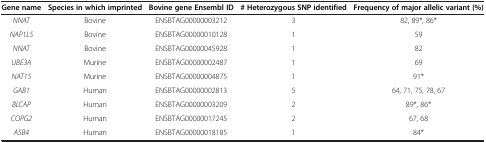
| Gene name | Species in which imprinted | Bovine gene Ensembl ID | # Heterozygous SNP identified | Frequency of major allelic variant (%) |
 | --- | --- | --- | --- | --- |
 | NNAT | Bovine | ENSBTAG00000003212 | 3 | 82, 89*, 86* |
 | NAP1L5 | Bovine | ENSBTAG00000010128 | 1 | 59 |
 | NNAT | Bovine | ENSBTAG00000045928 | 1 | 82 |
 | UBE3A | Murine | ENSBTAG00000002487 | 1 | 69 |
 | NAT15 | Murine | ENSBTAG00000004875 | 1 | 91* |
 | GAB1 | Human | ENSBTAG00000002813 | 5 | 64, 71, 75, 78, 67 |
 | BLCAP | Human | ENSBTAG00000003209 | 2 | 89*, 86* |
 | COPG2 | Human | ENSBTAG00000017245 | 2 | 67, 68 |
 | ASB4 | Human | ENSBTAG00000018185 | 1 | 84* |